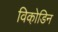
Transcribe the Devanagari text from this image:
विको़डिन